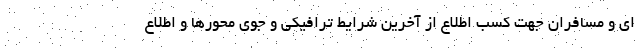
ای و مسافران جهت کسب اطلاع از آخرین شرایط ترافیکی و جوی محورها و اطلاع